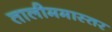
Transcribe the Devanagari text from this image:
तालीममास्तर